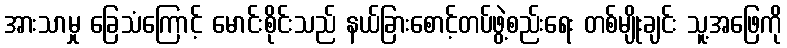
အားသာမှု ခြေသံကြောင့် မောင်းစိုင်းသည် နယ်ခြားစောင့်တပ်ဖွဲ့စည်းရေး တစ်မျိုးချင်း သူ့အဖြေကို